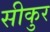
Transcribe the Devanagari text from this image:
सीकुर